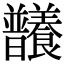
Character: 𣌞